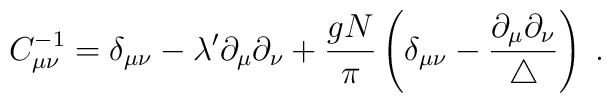
C^{-1}_{\mu \nu} = \delta_{\mu \nu} - \lambda^\prime\partial_\mu \partial_\nu +\frac{g N}{\pi}\left( \delta_{\mu \nu} -\frac{\partial_\mu \partial_\nu}{\triangle} \right) \; .